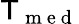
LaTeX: \mathsf{T}_{\mathrm{{~m~e~d~}}}